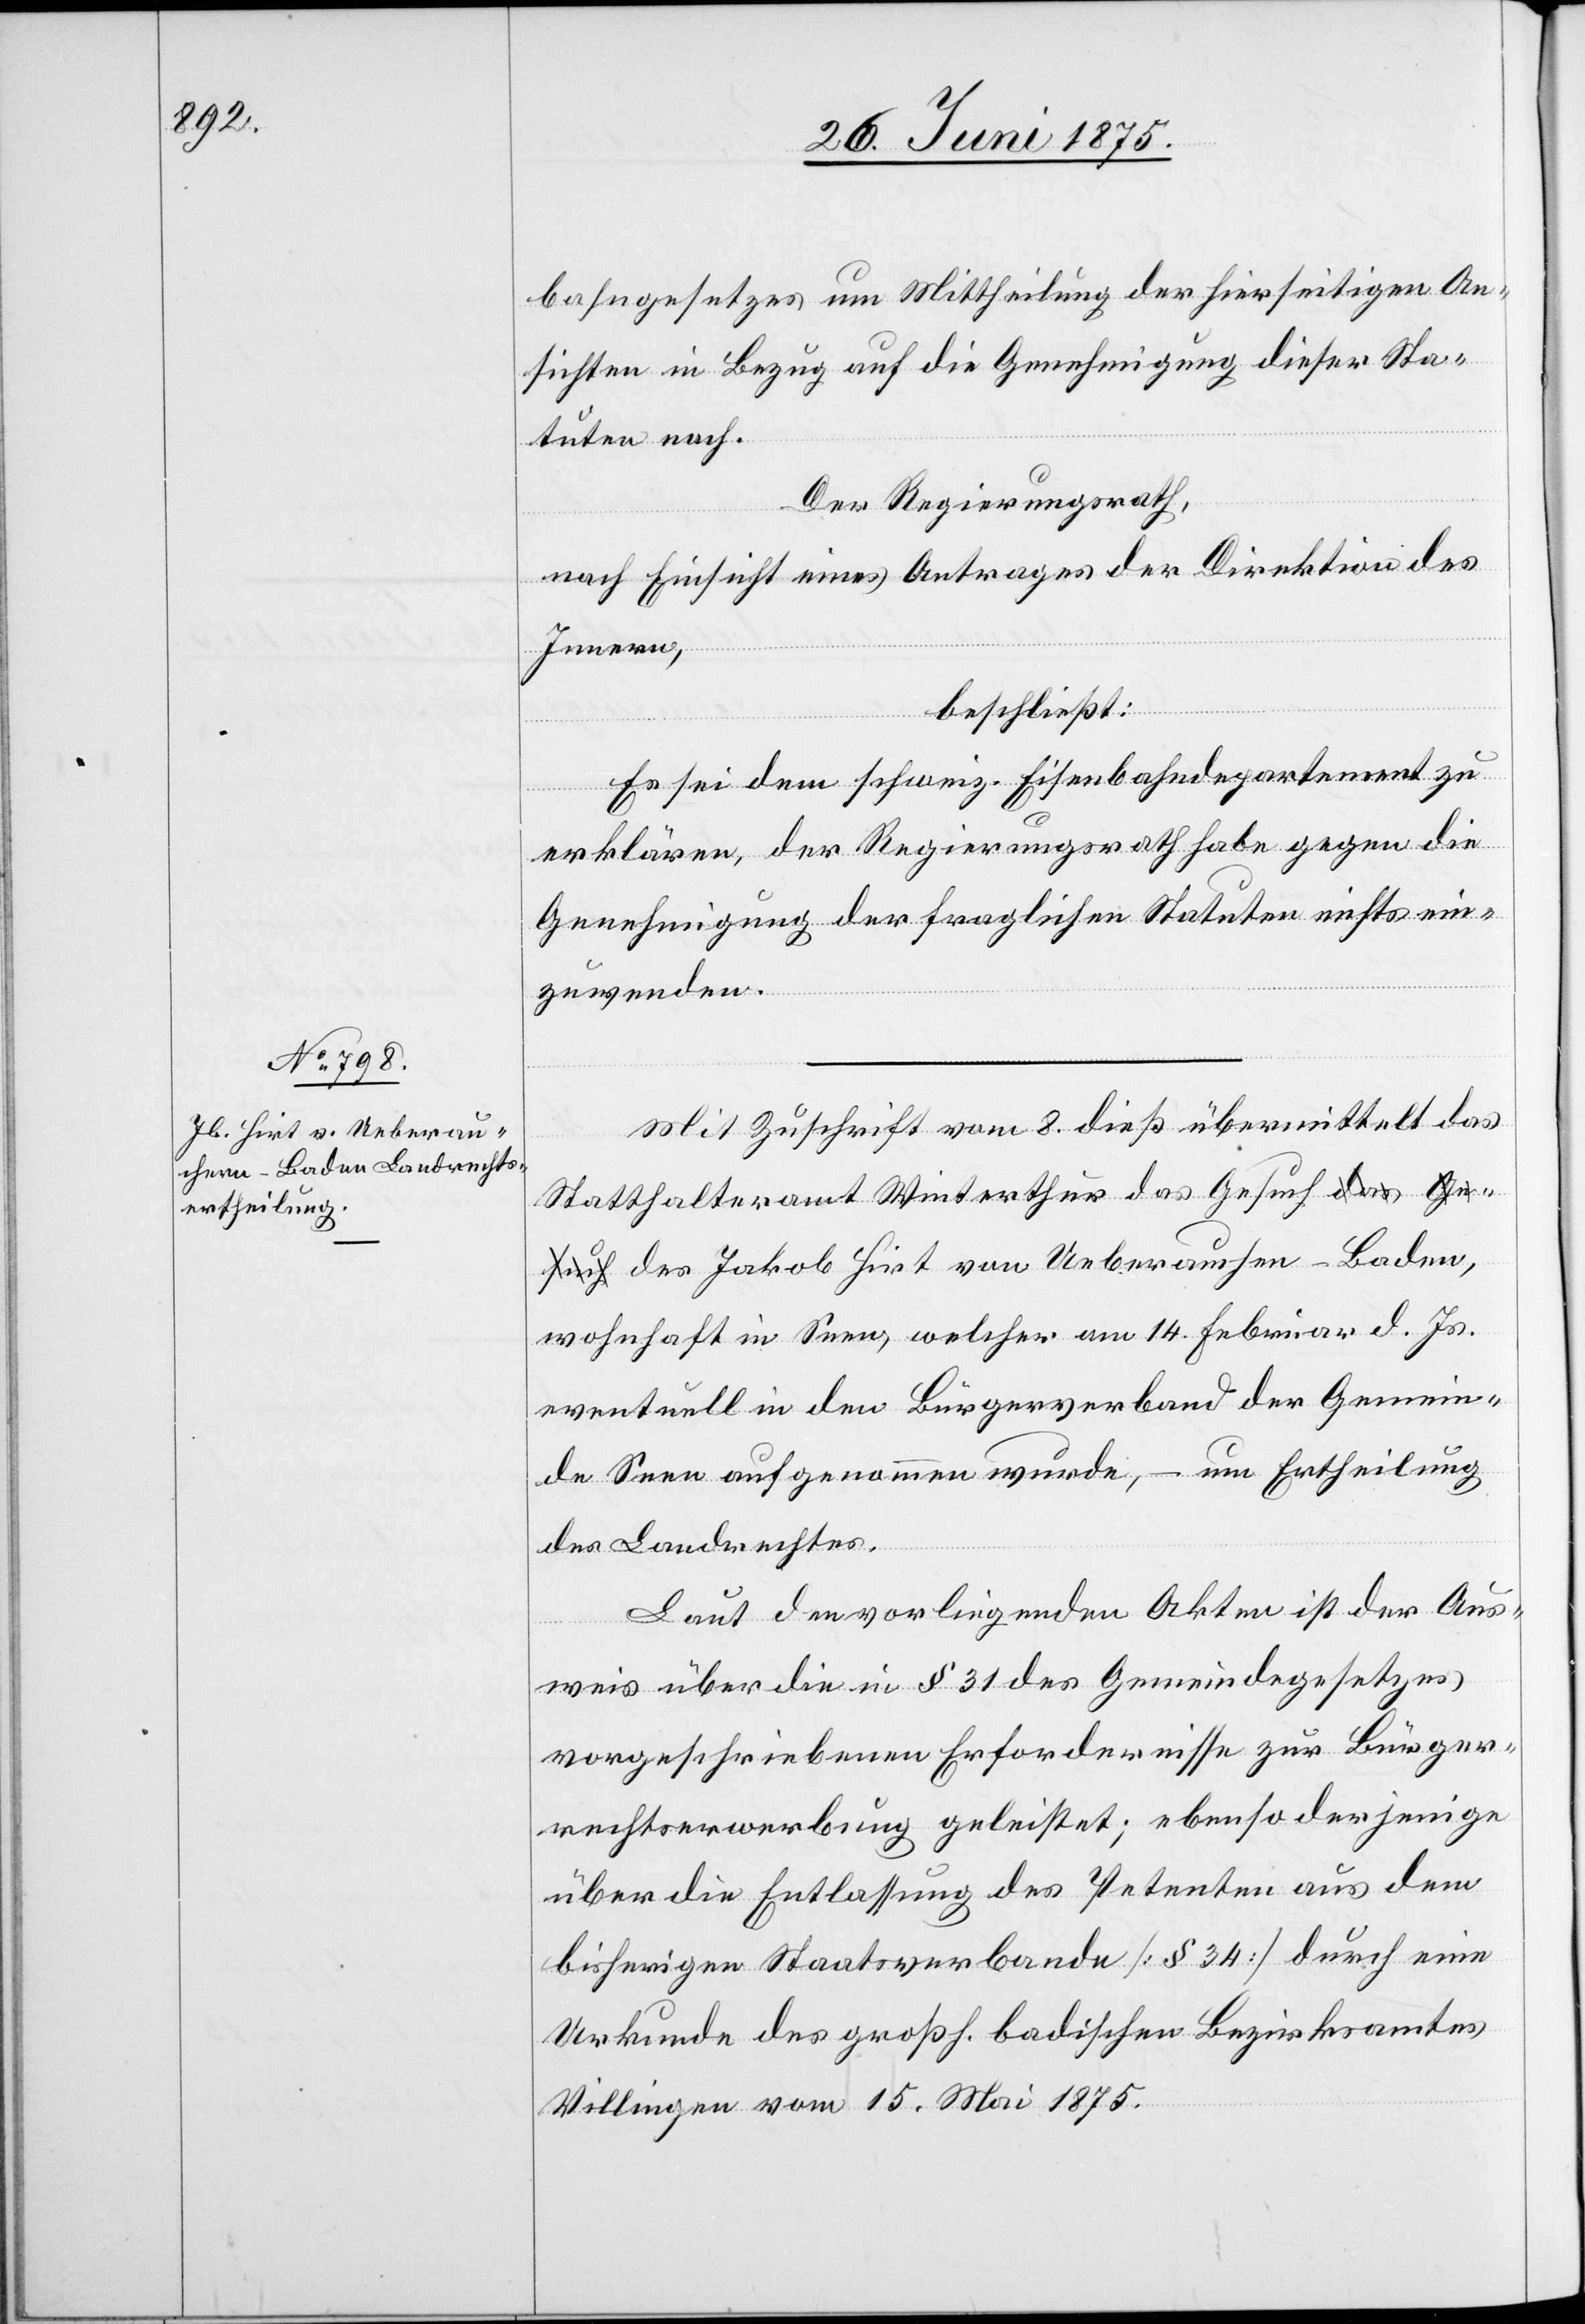
bahngesetzes um Mittheilung der hierseitigen An¬
sichten in Bezug auf die Genehmigung dieser Sta¬
tuten nach.
Der Regierungsrath,
nach Einsicht eines Antrages der Direktion des
Innern,
beschießt:
Es sei dem schweiz. Eisenbahndepartement zu
erklären, der Regierungsrath habe gegen die
Genehmigung der fraglichen Statuten nichts ein¬
zuwenden.